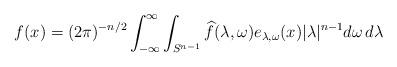
LaTeX: \begin{align*} f(x) = (2\pi)^{-n/2} \int_{-\infty}^\infty \int_{S^{n-1}} \widehat{f}(\lambda,\omega) e_{\lambda,\omega}(x) |\lambda|^{n-1} d\omega\, d\lambda \end{align*}